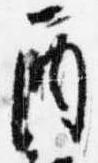
酉